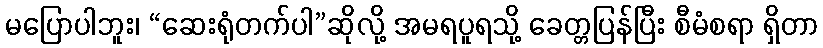
မပြောပါဘူး၊ “ဆေးရုံတက်ပါ”ဆိုလို့ အမရပူရသို့ ခေတ္တပြန်ပြီး စီမံစရာ ရှိတာ